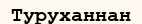
Туруханнан